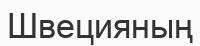
Швецияның